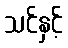
သင်နှင့်